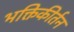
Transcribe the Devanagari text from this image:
भक्तिकीर्तन